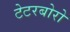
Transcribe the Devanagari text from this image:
टेटरबोरो